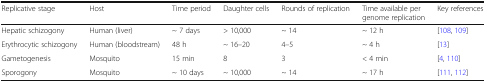
| Replicative stage | Host | Time period | Daughter cells | Rounds of replication | Time available per genome replication | Key references |
 | --- | --- | --- | --- | --- | --- | --- |
 | Hepatic schizogony | Human (liver) | ~ 7 days | > 10,000 | ~ 14 | ~ 12 h | [108, 109] |
 | Erythrocytic schizogony | Human (bloodstream) | 48 h | ~ 16–20 | 4–5 | ~ 4 h | [13] |
 | Gametogenesis | Mosquito | 15 min | 8 | 3 | < 4 min | [4, 110] |
 | Sporogony | Mosquito | ~ 10 days | ~ 10,000 | ~ 14 | ~ 17 h | [111, 112] |